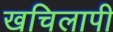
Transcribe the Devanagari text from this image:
खचिलापी